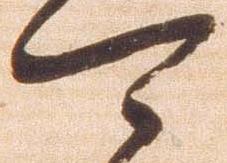
可